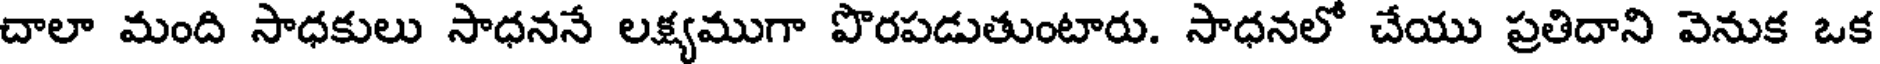
చాలా మంది సాధకులు సాధననే లక్ష్యముగా పొరపడుతుంటారు. సాధనలో చేయు ప్రతిదాని వెనుక ఒక